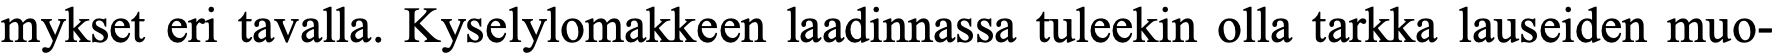
mykset eri tavalla. Kyselylomakkeen laadinnassa tuleekin olla tarkka lauseiden muo-